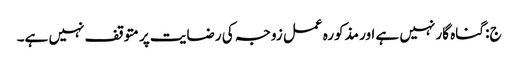
ج: گناہ گار نہیں ہے اور مذکورہ عمل زوجہ کی رضایت پر متوقف نہیں ہے۔